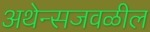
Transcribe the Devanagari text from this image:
अथेन्सजवळील